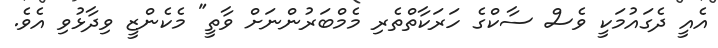
އެއީ ދެގައުމަކީ ވެސް ސާކްގެ ހަރަކާތްތެރި މެމްބަރުންނަށް ވާތީ" މެކެންޒީ ވިދާޅުވި އެވެ.